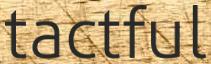
tactful